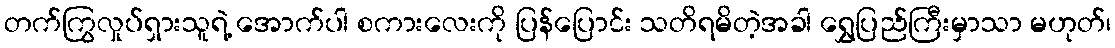
တက်ကြွလှုပ်ရှားသူရဲ့ အောက်ပါ စကားလေးကို ပြန်ပြောင်း သတိရမိတဲ့အခါ ရွှေပြည်ကြီးမှာသာ မဟုတ်၊